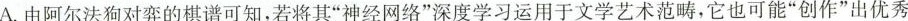
A.由阿尔法狗对弈的棋谱可知，若将其”神经网络”深度学习运用于文学艺术范它也可能”创作”出优秀